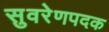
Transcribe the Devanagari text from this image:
सुवरेणपदक